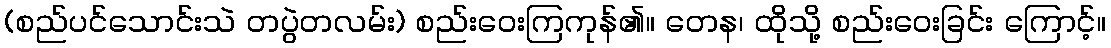
(စည်ပင်သောင်းသဲ တပွဲတလမ်း) စည်းဝေးကြကုန်၏။ တေန၊ ထိုသို့ စည်းဝေးခြင်း ကြောင့်။